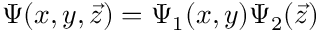
\Psi ( x , y , \vec { z } ) = \Psi _ { 1 } ( x , y ) \Psi _ { 2 } ( \vec { z } )